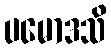
ပမောဒသိ